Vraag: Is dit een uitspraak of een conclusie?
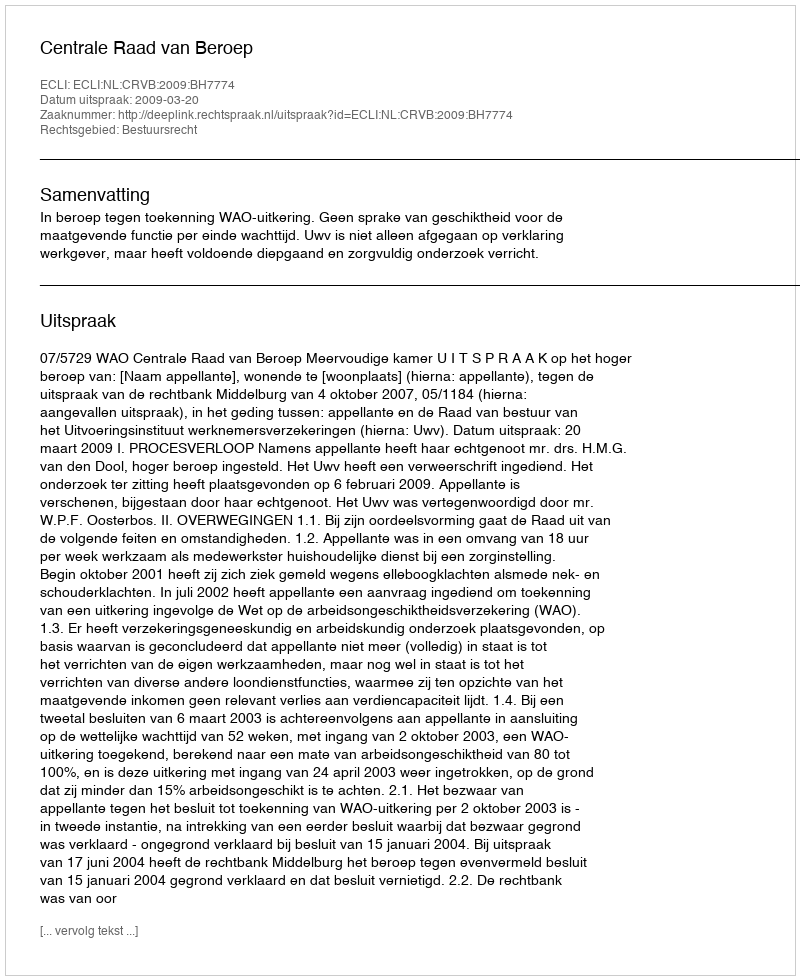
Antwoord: Uitspraak